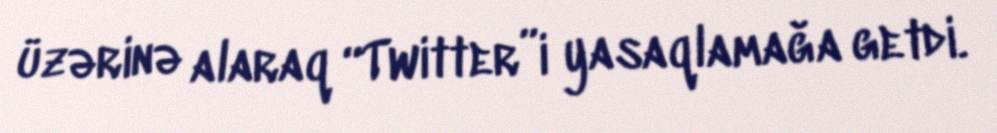
üzərinə alaraq “Twitter”i yasaqlamağa getdi.